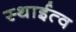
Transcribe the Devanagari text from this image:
स्थाईत्व